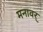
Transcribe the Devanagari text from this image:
मनावर्